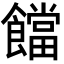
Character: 𩟈